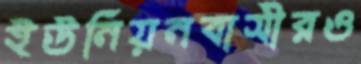
ইউনিয়নবাসীরও